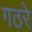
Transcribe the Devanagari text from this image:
गठरे